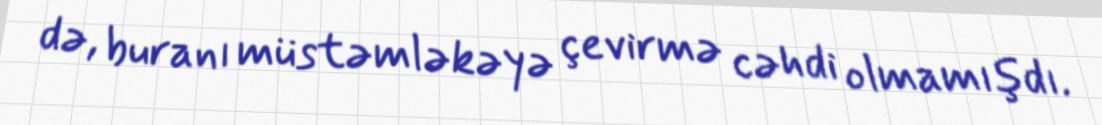
də, buranı müstəmləkəyə çevirmə cəhdi olmamışdı.